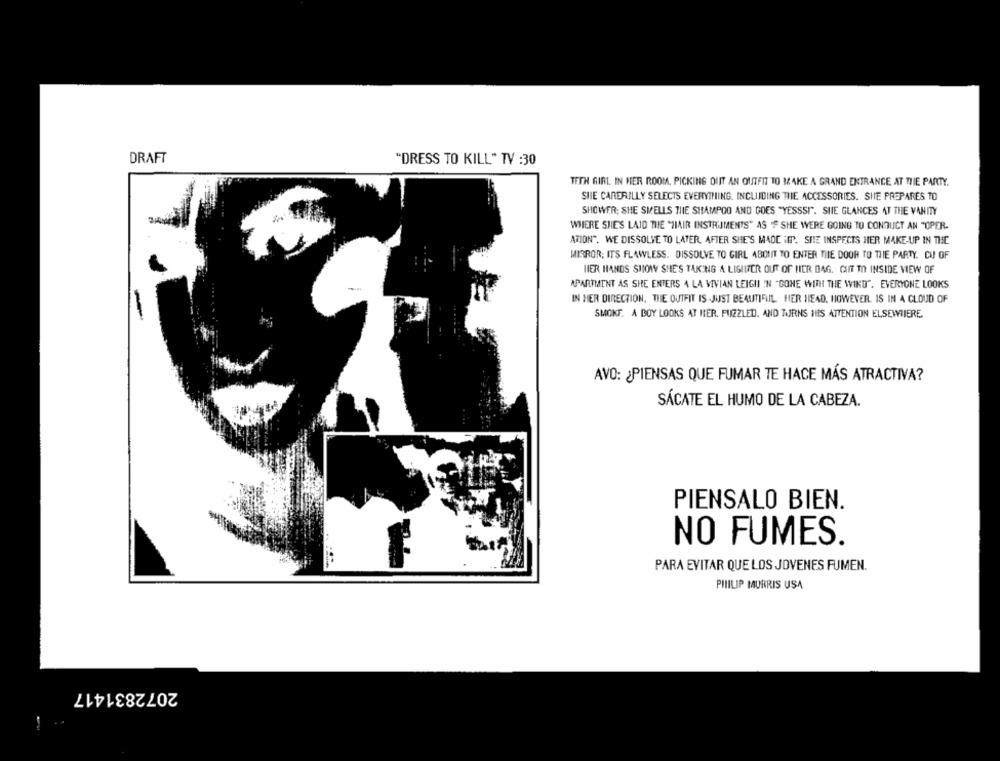
DRAFT
"DRESS TO KILL" TV :30
TEEN GIRL. IN HER ROOM, PICKING OUT AN OUTFIT TO MAKE A GRAND ENTRANCE AT THE PARTY.
SHE CAREFULLY SELECTS EVERYTHING, INCLUDING THE ACCESSORIES. SHE PREPARES TO
SHOWER; SHE SMELLS THIE SHAMPOO AND GOES "YESSSI". SIE GLANCES AT THE VANITY
WHERE SHE'S LAID THE "HAIR INSTRUMENTS" AS " SHE WERE GOING TO CONDUCT AN "OPER-
ATION", WE DISSOLVE TO LATER. AFTER SHE'S MAOC ifP. SHE INSPECTS HER MAKE-UP IN THE
MIRROR; ITS FLAWLESS. DISSOLVE TO GIRL ABOUT TO ENTER TIIE DOOR TO THE PARTY. CI OF
HIER HANDS SHOW SHE'S TAKING A LIGUITER OUT OF HIER DAG. CUIT TO INSIDE VIEW OF
APARTMENT AS SHE ENTERS 4 LA VIVIAN LEIGHI IN "GONE WITH THE WIND". EVERYONE LOOKS
IN HER DIRECTION. THE OUTFIT IS JUST BEAUTIFUL HER HEAD. HOWEVER. IS IN A CLOUD OF
-
SMOKE A BOY LOOKS AT IER. PUZZLED. AND TURNS INS ATTENTION ELSEWHERE.
AVO: ¿ PIENSAS QUE FUMAR TE HACE MÁS ATRACTIVA?
SÁCATE EL HUMO DE LA CABEZA.
PIENSALO BIEN.
NO FUMES.
PARA EVITAR QUE LOS JOVENES FUMEN.
PHILIP MORRIS USA
2072831417